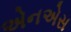
એનએસ